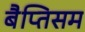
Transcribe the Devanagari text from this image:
बैप्तिसम